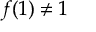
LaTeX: f ( 1 ) \neq 1